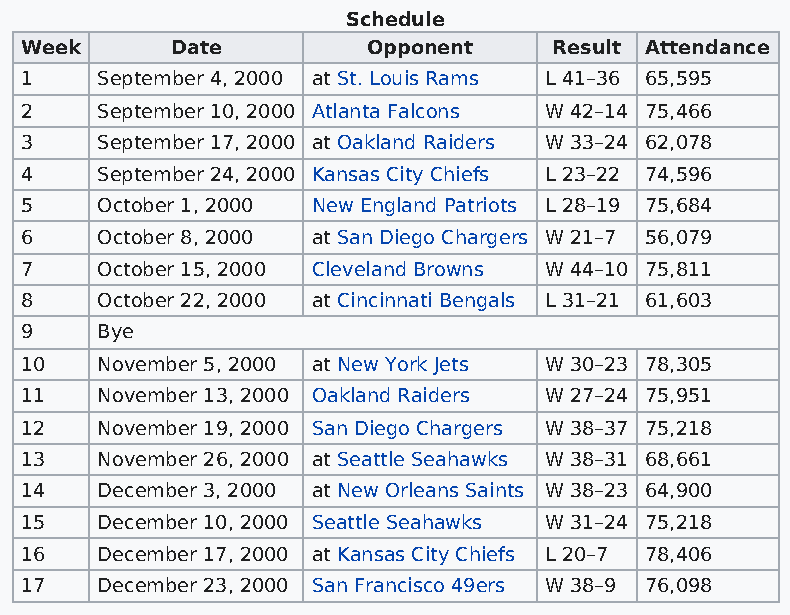
Schedule
 Week      Date         Opponent     Result Attendance
 1    September 4, 2000 at St. Louis Rams L 41–36 65,595
 2    September 10, 2000 Atlanta Falcons W 42–14 75,466
 3    September 17, 2000 at Oakland Raiders W 33–24 62,078
 4    September 24, 2000 Kansas City Chiefs L 23–22 74,596
 5    October 1, 2000 New England Patriots L 28–19 75,684
 6    October 8, 2000 at San Diego Chargers W 21–7 56,079
 7    October 15, 2000 Cleveland Browns W 44–10 75,811
 8    October 22, 2000 at Cincinnati Bengals L 31–21 61,603
 9    Bye
 10   November 5, 2000 at New York Jets W 30–23 78,305
 11   November 13, 2000 Oakland Raiders W 27–24 75,951
 12   November 19, 2000 San Diego Chargers W 38–37 75,218
 13   November 26, 2000 at Seattle Seahawks W 38–31 68,661
 14   December 3, 2000 at New Orleans Saints W 38–23 64,900
 15   December 10, 2000 Seattle Seahawks W 31–24 75,218
 16   December 17, 2000 at Kansas City Chiefs L 20–7 78,406
 17   December 23, 2000 San Francisco 49ers W 38–9 76,098